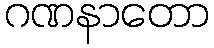
ဂဏနာတော